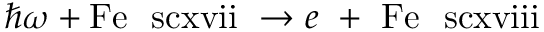
\hbar \omega + \mathrm { F e ~ \ s c x v i i } \ \rightarrow e ~ + ~ \mathrm { F e ~ \ s c x v i i i } \